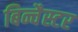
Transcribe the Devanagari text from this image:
बिन्चैस्टर